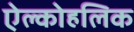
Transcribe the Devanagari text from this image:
ऐल्कोहलिक